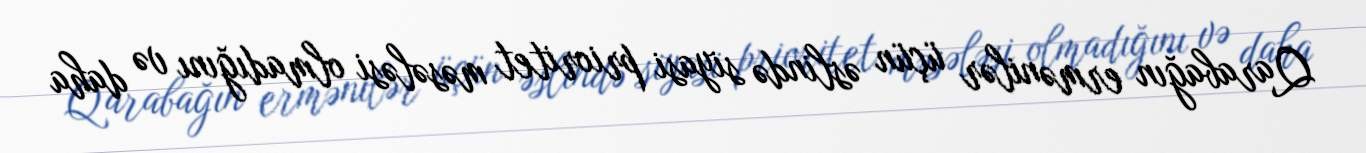
Qarabağın ermənilər üçün əslində siyasi prioritet məsələsi olmadığını və daha